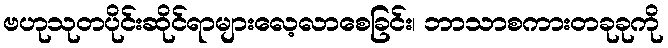
ဗဟုသုတပိုင်းဆိုင်ရာများလေ့လာစေခြင်း၊ ဘာသာစကားတခုခုကို